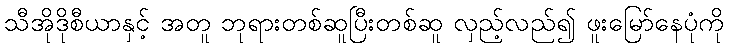
သီအိုဒိုစီယာနှင့် အတူ ဘုရားတစ်ဆူပြီးတစ်ဆူ လှည့်လည်၍ ဖူးမြော်နေပုံကို